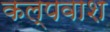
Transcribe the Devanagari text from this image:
कल्पवाश